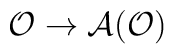
\mathcal{O}\rightarrow\mathcal{A}(\mathcal{O})